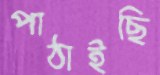
পাঠাইছি